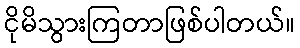
ငိုမိသွားကြတာဖြစ်ပါတယ်။